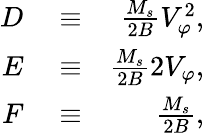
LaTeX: \begin{array}{rlr}{D}&{{}\equiv}&{\frac{M_{s}}{2B}V_{\varphi}^{2},}\\ {E}&{{}\equiv}&{\frac{M_{s}}{2B}2V_{\varphi},}\\ {F}&{{}\equiv}&{\frac{M_{s}}{2B},}\end{array}